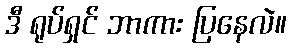
ဒီ ရုပ်ရှင် ဘာကား ပြနေလဲ။